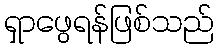
ရှာဖွေရန်ဖြစ်သည်